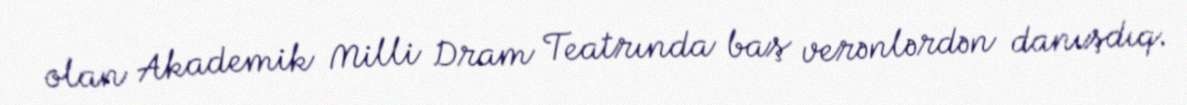
olan Akademik Milli Dram Teatrında baş verənlərdən danışdıq.